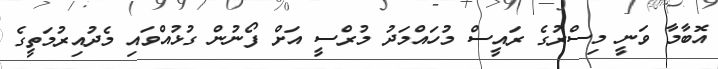
އޮބާމާ ވަނީ މިސްރުގެ ރައީސް މުހައްމަދު މުރްސީ އަށް ފޯނުން ގުޅުއްވައި މެދުއިރުމަތީގެ